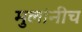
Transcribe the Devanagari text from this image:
मुलांनीच